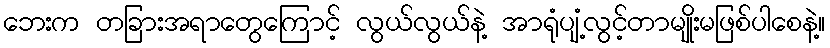
ဘေးက တခြားအရာတွေကြောင့် လွယ်လွယ်နဲ့ အာရုံပျံ့လွင့်တာမျိုးမဖြစ်ပါစေနဲ့။